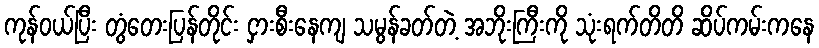
ကုန်ဝယ်ပြီး တွံတေးပြန်တိုင်း ငှားစီးနေကျ သမွန်ခတ်တဲ့ အဘိုးကြီးကို သုံးရက်တိတိ ဆိပ်ကမ်းကနေ